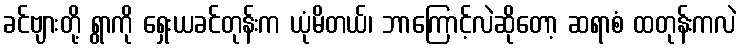
ခင်ဗျားတို့ ရွာကို ရှေးယခင်တုန်းက ယုံမိတယ်၊ ဘာကြောင့်လဲဆိုတော့ ဆရာစံ ထတုန်းကလဲ